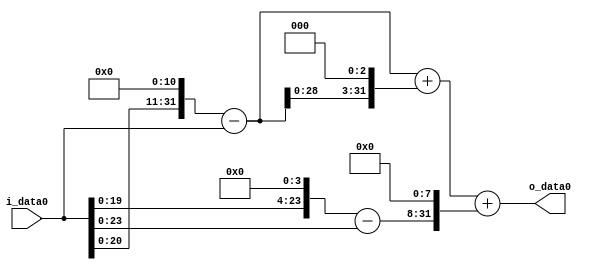
module multiplier_block (
    i_data0,
    o_data0
);

  // Port mode declarations:
  input   [31:0] i_data0;
  output  [31:0]
    o_data0;

  //Multipliers:

  wire [31:0]
    w1,
    w2048,
    w2047,
    w16,
    w15,
    w16376,
    w18423,
    w3840,
    w22263;

  assign w1 = i_data0;
  assign w15 = w16 - w1;
  assign w16 = w1 << 4;
  assign w16376 = w2047 << 3;
  assign w18423 = w2047 + w16376;
  assign w2047 = w2048 - w1;
  assign w2048 = w1 << 11;
  assign w22263 = w18423 + w3840;
  assign w3840 = w15 << 8;

  assign o_data0 = w22263;

  //multiplier_block area estimate = 6449.88962775735;
endmodule